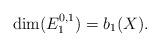
LaTeX: \begin{align*}\dim(E_1^{0,1}) = b_1(X).\end{align*}